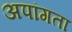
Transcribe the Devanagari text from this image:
अपांगता